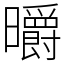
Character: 㬭